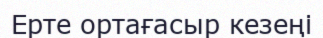
Ерте ортағасыр кезеңі